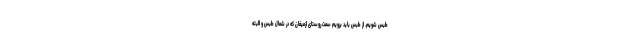
طبس شویم. از طبس باید برویم سمت روستای ازمیغان که در شمال طبس و البته